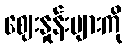
ဈေးနှုန်းများကို